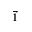
\vec { 1 }